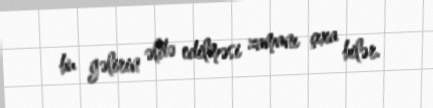
bu gəlirin əldə edilməsi zamanı çıxa bilər.